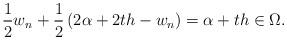
LaTeX: \begin{align*}\frac{1}{2}w_n+\frac{1}{2} \left (2\alpha+2th-w_n \right )=\alpha+th\in \Omega.\end{align*}